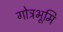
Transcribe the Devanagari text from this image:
गोत्रभूमि